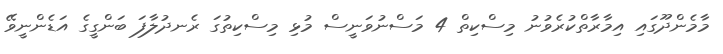
މާމެންދޫގައި އިމާރާތްކުރެވުނު މިސްކިތް 4 މަސްނުވަނީސް މުޅި މިސްކިތުގަ ރެނދުލާފަ ބަންގީގެ އަޑެންނީވޭ